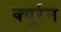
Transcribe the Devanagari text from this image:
क्यूर्रन